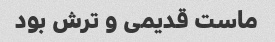
ماست قدیمی و ترش بود